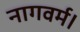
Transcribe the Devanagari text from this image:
नागवर्म।